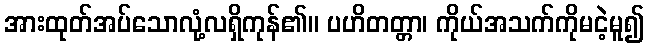
အားထုတ်အပ်သောလုံ့လရှိကုန်၏။ ပဟိတတ္တာ၊ ကိုယ်အသက်ကိုမငဲ့မူ၍